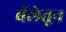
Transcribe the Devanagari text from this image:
बॅलेतून